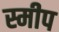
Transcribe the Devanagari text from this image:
स्मीप